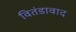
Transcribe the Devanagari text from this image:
वितंडावाद